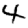
Digit: 4